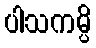
ပါသကမ္ပိ